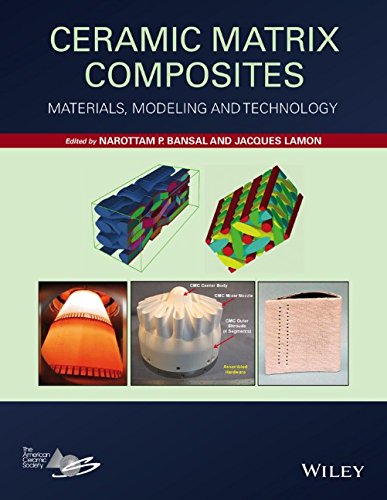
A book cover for Ceramic Matrix Composites: Materials, Modeling and Technology; Narottam P. Bansal; Science & Math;